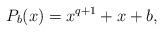
LaTeX: \begin{align*}P_b(x) = x^{q+1} + x + b,\end{align*}